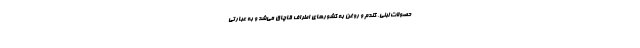
حصولات لبنی، گندم و روغن به کشورهای اطراف قاچاق می‌شد و به عبارتی